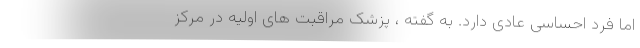
اما فرد احساسی عادی دارد. به گفته ، پزشک مراقبت های اولیه در مرکز